Vaccination returns of the Province of Eastern Bengal and Assam - 1905-1912
Year: 1905
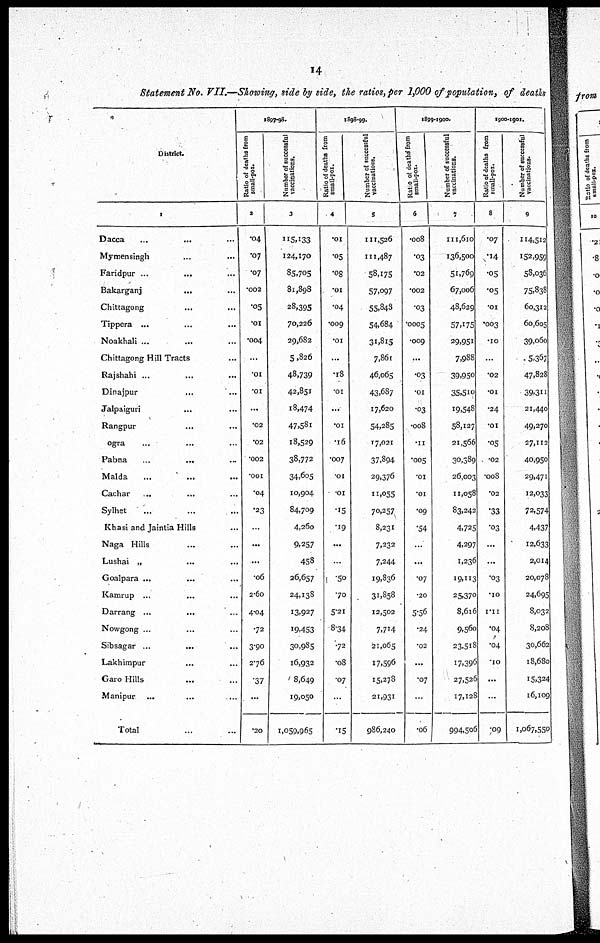
14
Statement No. VII.—Showing, side by side, the ratios, per 1,000 of population, of death
District.
1
Dacca... ...
Mymensingh...
...
Faridpur... ...
Bakarganj...
...
Chittagong... ...
Tippera... ...
Noakhali... ...
Chittagong Hill Tracts...
Rajshahi... ...
Dinajpur... ...
Jalpaiguri... ...
Rangpur... ...
ogra... ...
Pabna...
...
Malda...
...
Cachar... ...
Sylhet...
...
Khasi and Jaintia Hills...
Naga Hills... ...
Lushai „ ...
Goalpara ...
Kamrup ...
Darrang... ...
Nowgong ...
Sibsagar... ...
Lakhimpur...
Garo Hills... ...
Manipur... ...
Total...
1897-98.
Ratio of deaths from
small-pox.
2
.04
.07
.07
.002
.05
.01
.004
...
.01
.01
...
.02
.02
.002
.001
.04
.23
...
...
...
.06
2.60
4.04
.72
3.90
2.76
.37
...
.20
Number of successful
vaccinations.
3
115,133
124,170
85,705
81,898
28,395
70,226
29,682
5,826
48,739
42,851
18,474
47,581
18,529
38,772
34,605
10,904
84,709
4,260
9,257
458
26,657
24,138
13,927
19,453
30,985
16,932
8,649
19,050
1,059,965
1898-99.
Ratio of deaths from
small-pox.
4
.01
.05
.08
.01
.04
.009
.01
...
.18
.01
...
.01
.16
.007
.01
.01
.15
.19
...
...
.50
.70
5.21
8.34
.72
.08
.07
...
.15
Number of successful
vaccinations.
5
111,526
111,487
58,175
57,097
55,848
54,684
31,815
7,861
46,065
43,687
17,620
54,285
17,021
37,894
29,376
11,055
70,257
8,231
7,232
7,244
19,836
31,858
12,502
7,714
21,065
17,596
15,278
21,931
986,240
1899-1900.
Ratio of deaths from
small-pox.
6
.008
.03
.02
.002
.03
.0005
.009
...
.03
.01
.03
.008
.11
.005
.01
.01
.09
.54
...
...
.07
.20
5.56
.24
.02
...
.07
...
.06
Number of successful
vaccinations.
7
111,610
136,500
51,769
67,006
48,629
57,175
29,951
7,988
39,950
35,510
19,548
58,127
21,566
30,389
26,003
11,058
83,242
4,725
4,297
1,236
19,113
25,370
8,616
9,560
23,518
17,396
27,526
17,128
994,506
1900-1901.
Ratio of deaths from
small-pox.
8
.07
.14
.05
.05
.01
.003
.10
...
.02
.01
.24
.01
.05
.02
.008
.02
.33
.03
...
...
.03
.10
1.11
.04
.04
.10
...
...
.09
Number of successful
vaccinations.
9
114,512
152,959
58,036
75,838
60,312
60,605
39,060
5,367
47,828
39,311
21,440
49,270
27,112
40,950
29,471
12,033
72,574
4,437
12,633
2,014
20,078
24,695
8,032
8,208
30,662
18,680
15,324
16,109
1,067,550